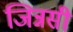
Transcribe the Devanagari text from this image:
जिन्नसी